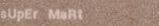
sUpEr MaRt